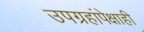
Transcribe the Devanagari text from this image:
उपग्रहांपेक्षाही